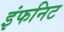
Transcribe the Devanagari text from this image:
इंफनिट